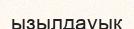
ызылдауық